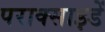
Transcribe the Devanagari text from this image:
पराक्साइडें